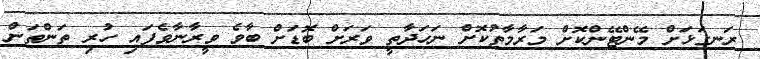
ރަނގަޅަށް މޭންޓޭންކޮށް މަރާމާތުކޮށް ނަހަދާތީ ވަރަށް ބޮޑަށް ބާވެ ވީރާނާވެފައި ހުރި ތަންތަން